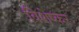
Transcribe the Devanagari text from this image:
विशेष्कर